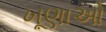
ખૂણાઓ